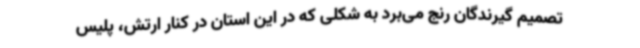
تصمیم گیرندگان رنج می‌برد به شکلی که در این استان در کنار ارتش، پلیس